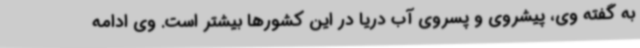
به گفته وی، پیشروی و پسروی آب دریا در این کشورها بیشتر است. وی ادامه